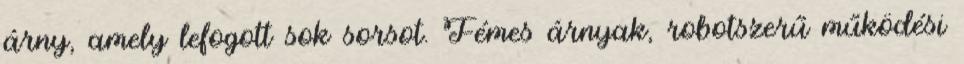
árny, amely lefogott sok sorsot. Fémes árnyak, robotszerű működési